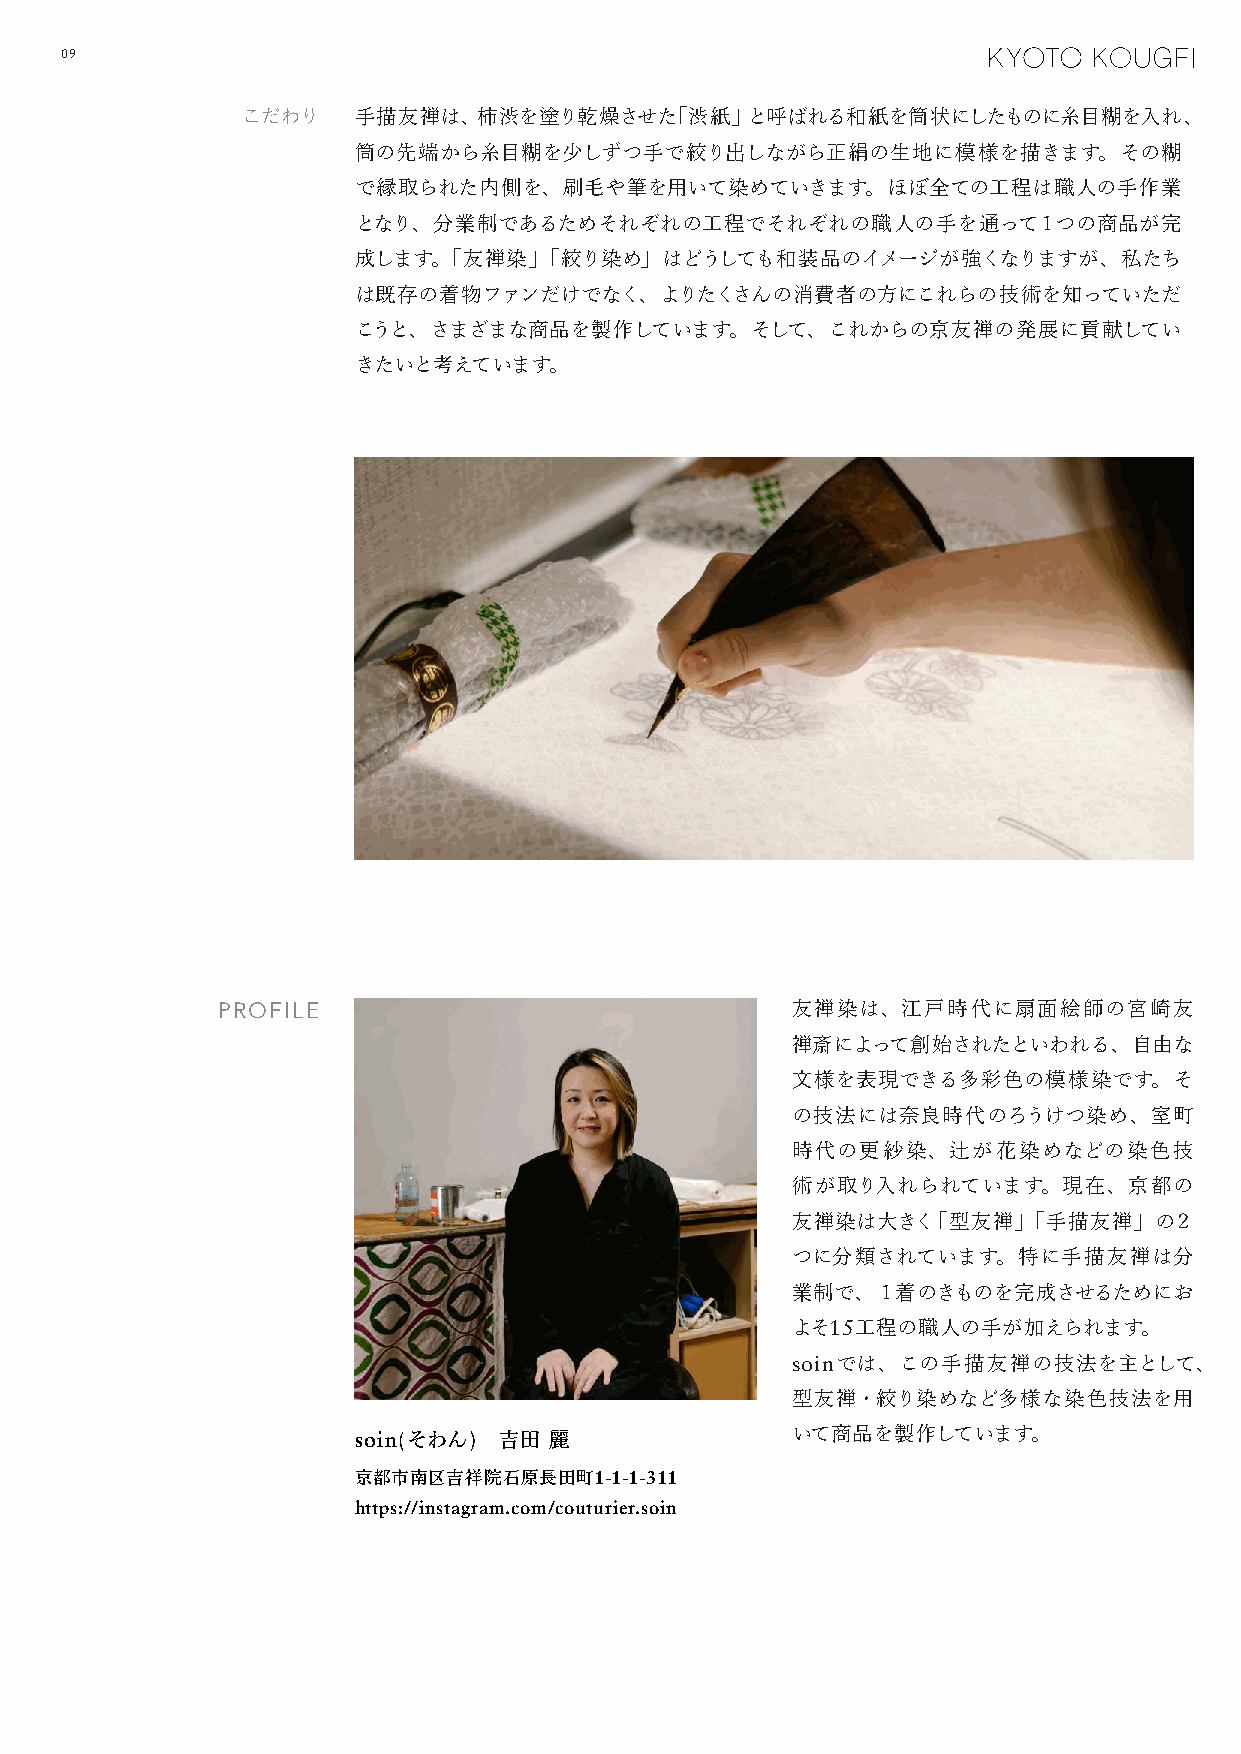
09
 こだわり   手描友禅は、柿渋を塗り乾燥させた「渋紙」と呼ばれる和紙を筒状にしたものに糸目糊を入れ、
 筒の先端から糸目糊を少しずつ手で絞り出しながら正絹の生地に模様を描きます。その糊
 で縁取られた内側を、刷毛や筆を用いて染めていきます。ほぼ全ての工程は職人の手作業
 となり、分業制であるためそれぞれの工程でそれぞれの職人の手を通って１つの商品が完
 成します。「友禅染」「絞り染め」はどうしても和装品のイメージが強くなりますが、私たち
 は既存の着物ファンだけでなく、よりたくさんの消費者の方にこれらの技術を知っていただ
 こうと、さまざまな商品を製作しています。そして、これからの京友禅の発展に貢献してい
 きたいと考えています。
 PROFILE                               友禅染は、江戸時代に扇面絵師の宮崎友
 禅斎によって創始されたといわれる、自由な
 文様を表現できる多彩色の模様染です。そ
 の技法には奈良時代のろうけつ染め、室町
 時代の更紗染、辻が花染めなどの染色技
 術が取り入れられています。現在、京都の
 友禅染は大きく「型友禅」「手描友禅」の２
 つに分類されています。特に手描友禅は分
 業制で、１着のきものを完成させるためにお
 よそ15工程の職人の手が加えられます。
 soinでは、この手描友禅の技法を主として、
 型友禅・絞り染めなど多様な染色技法を用
 soin(そわん) 吉田 麗               いて商品を製作しています。
 京都市南区吉祥院石原長田町1-1-1-311
 https://instagram.com/couturier.soin